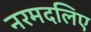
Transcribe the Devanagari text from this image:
नरमदलिए